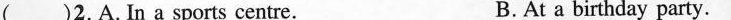
( )2.A.In a sports centre. B. At a birthday party.